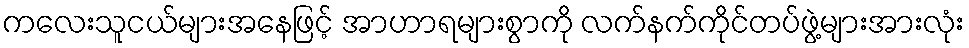
ကလေးသူငယ်များအနေဖြင့် အာဟာရများစွာကို လက်နက်ကိုင်တပ်ဖွဲ့များအားလုံး